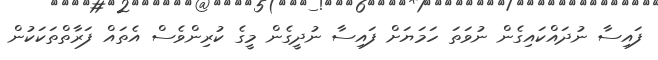
ފައިސާ ނުދައްކައިގެން ނުވަތަ ހަމަޔަށް ފައިސާ ނުދީގެން މީގެ ކުރިންވެސް އެތައް ފަރާތްތަކަކުން